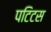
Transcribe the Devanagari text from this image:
पटिटस